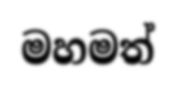
මහමත්